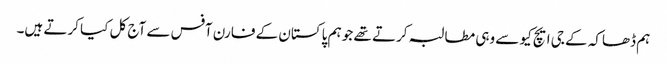
ہم ڈھاکہ کے جی ایچ کیو سے وہی مطالبہ کرتے تھے جو ہم پاکستان کے فارن آفس سے آج کل کیا کرتے ہیں۔